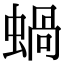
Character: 蝸